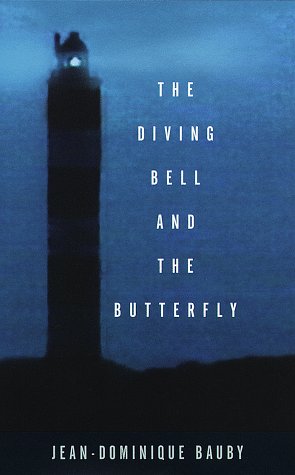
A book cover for The Diving Bell and the Butterfly: A Memoir of Life in Death; Jean-Dominique Bauby; Health, Fitness & Dieting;